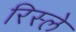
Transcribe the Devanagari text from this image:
रिस्ले